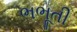
ભભૂતી